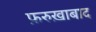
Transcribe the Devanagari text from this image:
फ़रुख़ाबाद